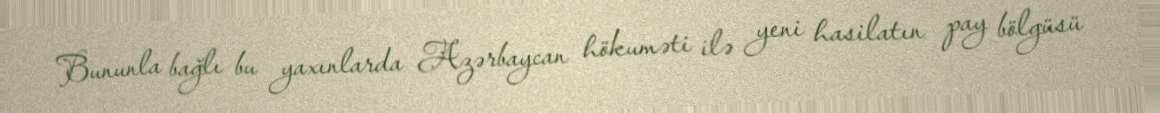
Bununla bağlı bu yaxınlarda Azərbaycan hökuməti ilə yeni hasilatın pay bölgüsü